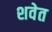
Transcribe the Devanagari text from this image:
शवेत